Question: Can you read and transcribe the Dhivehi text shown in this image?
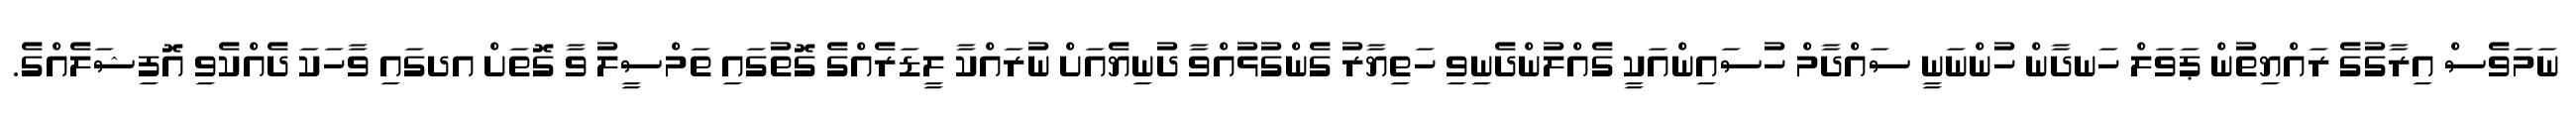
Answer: ނަމަވެސް އިރާގުގެ ރައްޔިތުން ޕަވަލް ހަނދާން ހުންނަނީ ސައްދާމް ހުސައިންއަކީ ގެއްލުންދެނިވި ހަތިޔާރު ގެންގުޅުއްވާ ދުނިޔެއަށް ނުރައްކާ ލީޑަރެއްގެ ގޮތުގައި ތަމްސީލު ވާ ގޮތަށް އދގައި ވާހަކަ ދެއްކެވި އޮފިޝަލެއްގެ.